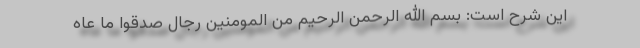
این شرح است: بسم الله الرحمن الرحیم من المومنین رجال صدقوا ما عاه